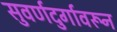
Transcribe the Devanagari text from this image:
सुवर्णदुर्गावरून